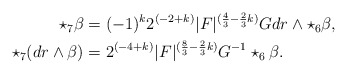
\begin{align*}\begin{aligned} \star_7 \beta &= (-1)^k 2^{(-2+k)}|F|^{(\frac{4}{3} - \frac{2}{3}k)} G dr \wedge \star_6 \beta, \\ \star_7 (dr \wedge \beta) &= 2^{(-4+k)}|F|^{(\frac{8}{3} - \frac{2}{3}k)} G^{-1} \star_6 \beta.\end{aligned}\end{align*}